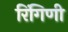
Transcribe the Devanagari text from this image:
रिंगिणी